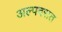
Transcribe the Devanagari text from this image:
अल्पदरात